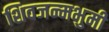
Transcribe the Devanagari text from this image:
शिवजन्मभुमी